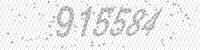
Solution: 915584